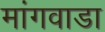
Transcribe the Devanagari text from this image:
मांगवाडा